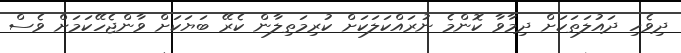
ދިވެހި ދައުލަތަކަށް ދިމާވާ ކޮންމެ ނުރައްކަލަކަށް ކުރިމަތިލާން ކެރޭ ބަޔަކަށް ވާންޖެހޭކަމަށް ވެސް